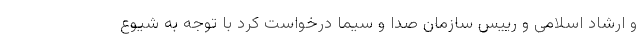
و ارشاد اسلامی و رییس سازمان صدا و سیما درخواست کرد با توجه به شیوع